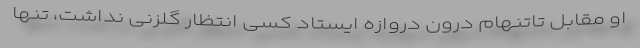
او مقابل تاتنهام درون دروازه ایستاد کسی انتظار گلزنی نداشت، تنها